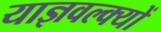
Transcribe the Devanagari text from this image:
याज्ञवल्क्यों